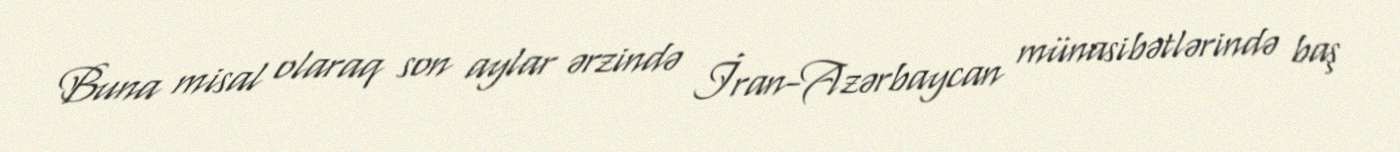
Buna misal olaraq son aylar ərzində İran-Azərbaycan münasibətlərində baş